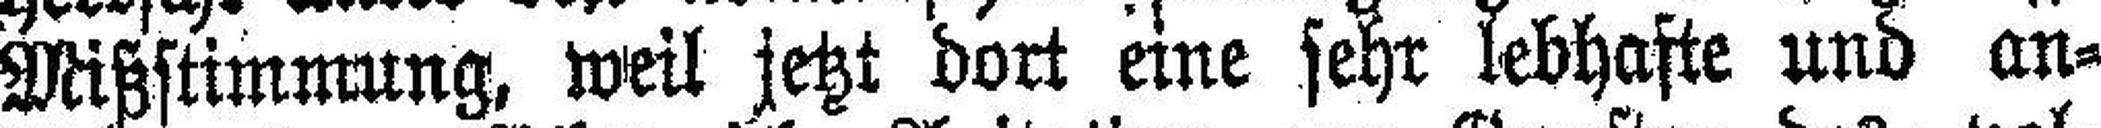
Mißstimmung, weil jetzt dort eine sehr lebhafte und an¬